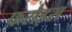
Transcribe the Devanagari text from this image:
फ़रोइस